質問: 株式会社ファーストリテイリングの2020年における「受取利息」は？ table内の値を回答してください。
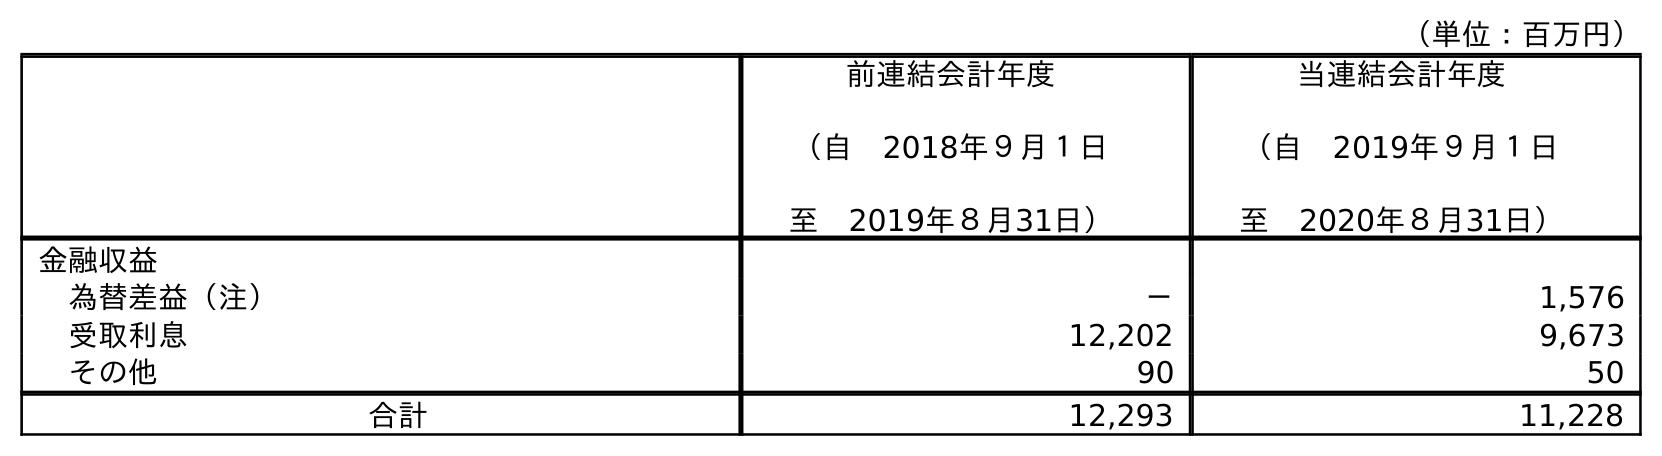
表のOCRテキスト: （単位：百万円） 前連結会計年度 （自 2018年９月１日 至 2019年８月31日） 当連結会計年度 （自 2019年９月１日 至 2020年８月31日） 金融収益 為替差益（注） － 1,576 受取利息 12,202 9,673 その他 90 50 合計 12,293 11,228
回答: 9,673